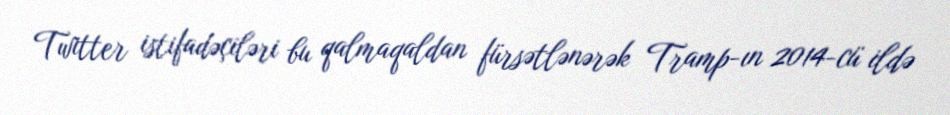
Twitter istifadəçiləri bu qalmaqaldan fürsətlənərək Tramp-ın 2014-cü ildə